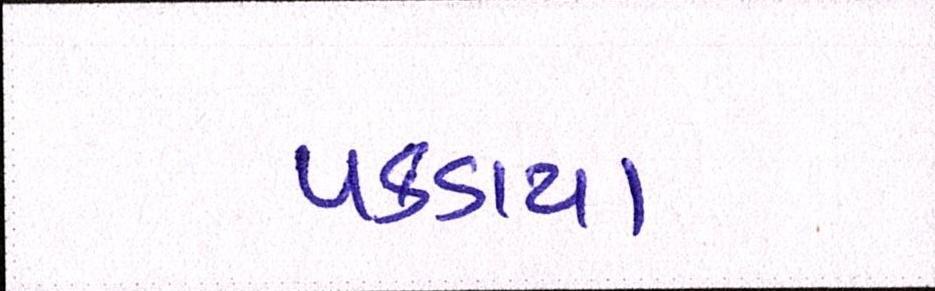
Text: પકડાયા